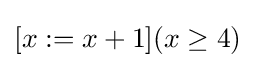
[x:=x+1](x\geq 4)\,\!